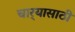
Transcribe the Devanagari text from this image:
चार्‍यासाठी